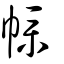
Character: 幞